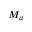
M _ { a }